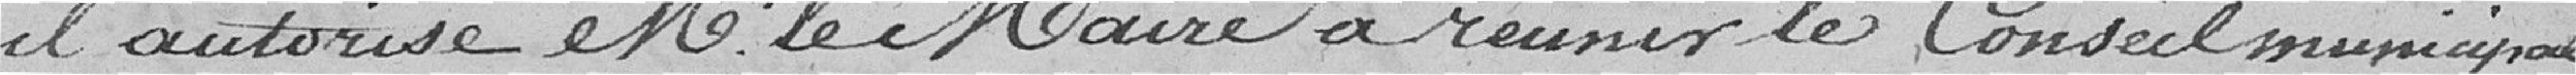
il autorise Monsieur le Maire à réunir le conseil municipal